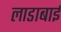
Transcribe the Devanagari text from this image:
लाडाबाई